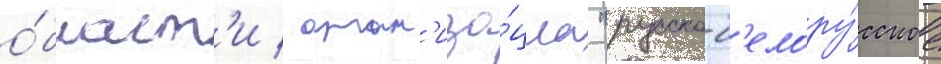
о́бласт'и / орган'иза́циа "русско-б'елору́сское